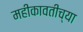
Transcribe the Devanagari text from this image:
महीकावतीच्या